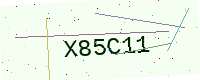
Text: X85C11